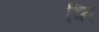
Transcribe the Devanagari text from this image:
प्ति